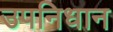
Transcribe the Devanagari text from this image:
उपनिधान